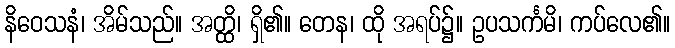
နိဝေသနံ၊ အိမ်သည်။ အတ္ထိ၊ ရှိ၏။ တေန၊ ထို အရပ်၌။ ဥပသင်္ကမိ၊ ကပ်လေ၏။